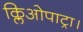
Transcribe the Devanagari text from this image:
क्लिओपाट्रा।